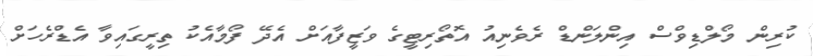
ކުރިން މޯލްޑިވްސް އިންލަންޑް ރެވެނިއު އޮތޯރިޓީގެ ވަޒީފާއަށް އެދޭ ފޯމާއެކު ތިރީގައިވާ އެޑްރެހަށް